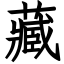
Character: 藏